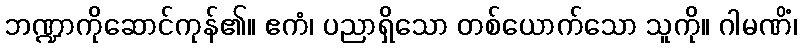
ဘဏ္ဍာကိုဆောင်ကုန်၏။ ဧကံ၊ ပညာရှိသော တစ်ယောက်သော သူကို။ ဂါမဏိံ၊